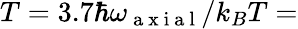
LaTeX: T=3.7\hbar\omega_{\mathrm{~a~x~i~a~l~}}/k_{B}T=